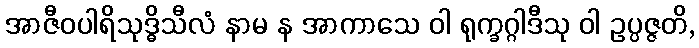
အာဇီဝပါရိသုဒ္ဓိသီလံ နာမ န အာကာသေ ဝါ ရုက္ခဂ္ဂါဒီသု ဝါ ဥပ္ပဇ္ဇတိ,